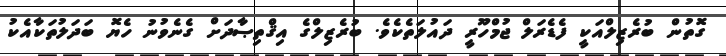
ގޮތުން ބުރެޒިލްއަކީ ފެޑެރަލް ޖުމްހޫރީ ދައުލަތެކެވެ. ބުރެޒިލްގެ އިޤްތިޞާދަށް ގެނެވުނު ހެޔޮ ބަދަލުތަކާއެކު